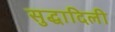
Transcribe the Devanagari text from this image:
सुद्धादिली